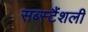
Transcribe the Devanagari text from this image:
सब्स्टैंशली